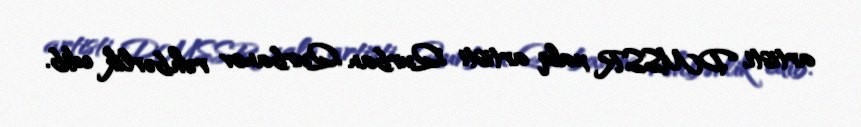
artisti, DMSSR xalq artisti Qurban Qurbanov rəhbərlik edib.